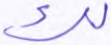
لك